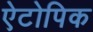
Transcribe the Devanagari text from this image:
ऐटोपिक